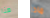
هنا ماذا